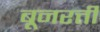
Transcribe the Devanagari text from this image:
बूनरत्ती